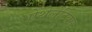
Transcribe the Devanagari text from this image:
ऐथेलेटिक्स